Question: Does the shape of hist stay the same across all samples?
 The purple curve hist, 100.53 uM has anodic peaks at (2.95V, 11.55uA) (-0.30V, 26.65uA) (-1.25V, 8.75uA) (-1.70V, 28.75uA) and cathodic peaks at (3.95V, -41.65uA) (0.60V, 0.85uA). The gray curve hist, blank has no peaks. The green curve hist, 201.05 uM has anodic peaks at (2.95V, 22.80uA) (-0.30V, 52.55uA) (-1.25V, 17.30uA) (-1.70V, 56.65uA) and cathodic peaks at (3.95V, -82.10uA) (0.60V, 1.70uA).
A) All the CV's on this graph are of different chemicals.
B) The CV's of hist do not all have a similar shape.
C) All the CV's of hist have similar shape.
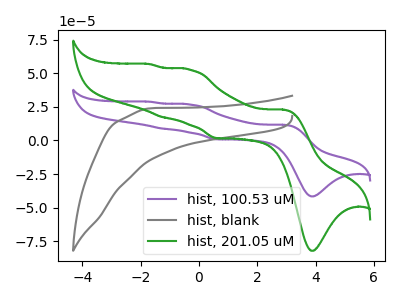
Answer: <think>"hist, 100.53 uM" and "hist, blank" have a different number of peaks. All the peaks in "hist, 100.53 uM" have a peak in "hist, 201.05 uM" at the same potential. "hist, blank" and "hist, 201.05 uM" have a different number of peaks.
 </think>
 <answer>C) All the CV's of "hist" have similar shape.</answer>
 <eval>C</eval>